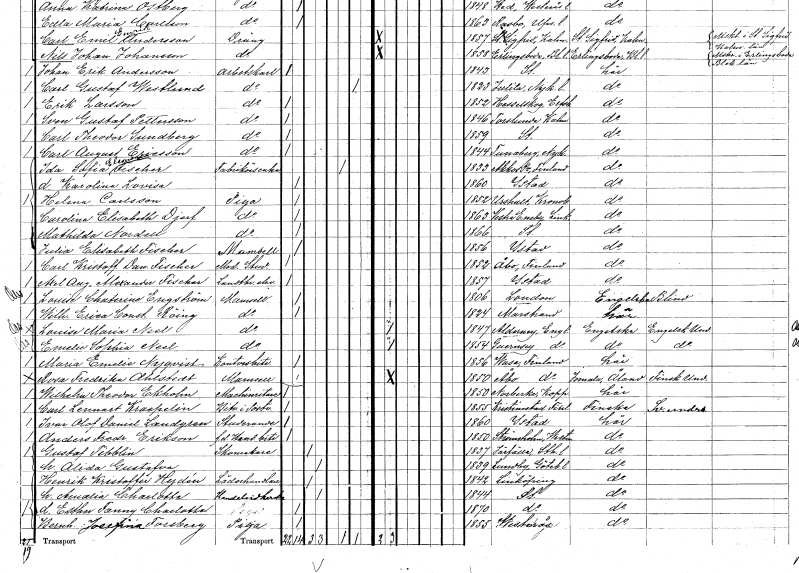
gt_parse: households: individuals: FN: Helena
EN: Carlsson
YRKE: Piga
KON: K
CIV: O
FODAR: 1852
FODFORS: Urshult Kronobergs län
FN: Carolina Elisabeth
EN: Djerf
YRKE: Piga
KON: K
CIV: O
FODAR: 1863
FODFORS: Västra Eneby Östergötlands län
FN: Mathilda
EN: Nordell
YRKE: Piga
KON: K
CIV: O
FODAR: 1866
FODFORS: Stockholm
FN: Julia Elisabeth
EN: Fischer
KON: K
CIV: O
FODAR: 1856
FODFORS: Ystad Malmöhus län
FN: Carl Kristoffer Dan.
EN: Fischer
YRKE: Medicine studerande
KON: M
CIV: O
FODAR: 1852
FN: Axel August Alexander
EN: Fischer
YRKE: Lantbrukselev
KON: M
CIV: O
FODAR: 1857
FODFORS: Ystad Malmöhus län
FN: Louise Chaterine
EN: Engström
KON: K
CIV: O
FODAR: 1806
FN: Wilhelmina Erica Constantia
EN: Röing
KON: K
CIV: O
FODAR: 1824
FODFORS: Marstrand Göteborgs- och Bohuslän
FN: Louise Maria
EN: Neel
KON: K
CIV: O
FODAR: 1847
FN: Emelie Sophia
EN: Neel
KON: K
CIV: O
FODAR: 1854
FN: Maria Emelie
EN: Nyqvist
YRKE: Kontorsbiträde
KON: K
CIV: O
FODAR: 1856
FN: Rosa Fredrika
EN: Ahlstedt
KON: K
CIV: O
FODAR: 1850
FN: Wilhelm Theodor
EN: Ekholm
YRKE: Maskinritare
KON: M
CIV: O
FODAR: 1850
FODFORS: Norrbärke Kopparbergs län
FN: Carl Lennart
EN: Kraepelin
YRKE: Postvaktbiträde
KON: M
CIV: O
FODAR: 1855
FN: Ivar Olof Daniel
EN: Landgren
YRKE: Studerande
KON: M
CIV: O
FODAR: 1860
FODFORS: Ystad Malmöhus län
FN: Anders Fredrik
EN: Erikson
YRKE: Handelsbiträde f.d.
KON: M
CIV: O
FODAR: 1850
FODFORS: Strömsholm Västmanlands län
FN: Gustaf
EN: Tibblin
YRKE: Skomakare
KON: M
CIV: G
FODAR: 1837
FODFORS: Järfälla Stockholms län
FN: Alida Gustafva
KON: K
CIV: G
FODAR: 1839
FODFORS: Lundby Göteborgs- och Bohuslän
FN: Henrik Kristoffer
EN: Hydén
YRKE: Läderhandlare
KON: M
CIV: G
FODAR: 1842
FODFORS: Linköping Östergötlands län
FN: Amalia Charlotta
YRKE: Handelsidkare
KON: K
CIV: G
FODAR: 1844
FODFORS: Stockholm
FN: Esther Fanny Charlotta
KON: K
CIV: O
FODAR: 1870
FODFORS: Stockholm
FN: Bernhardina Josefina
EN: Forsberg
YRKE: Piga
KON: K
CIV: O
FODAR: 1855
FODFORS: Västerås Västmanlands län